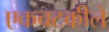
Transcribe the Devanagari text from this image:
एकचटकीले